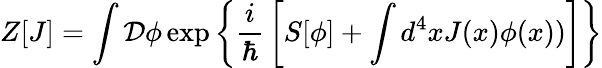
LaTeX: Z[J]=\int{\mathcal{D}}\phi\exp\left\{ {\frac{i}{\hbar}}\left[S[\phi]+\int d^{4}xJ(x)\phi(x))\right]\right\}